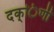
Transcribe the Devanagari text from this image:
दक्िणी